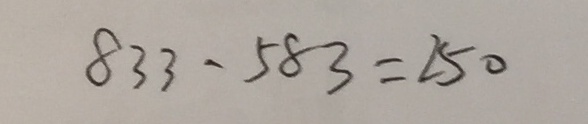
8 3 3 - 5 8 3 = 2 5 0